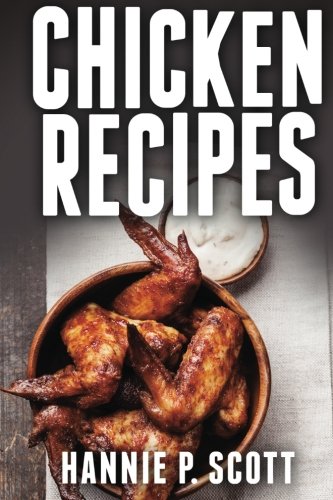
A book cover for Chicken Recipes: Delicious and Easy Chicken Recipes (Quick and Easy Cooking Series); Hannie P. Scott; Cookbooks, Food & Wine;